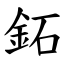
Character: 鉐